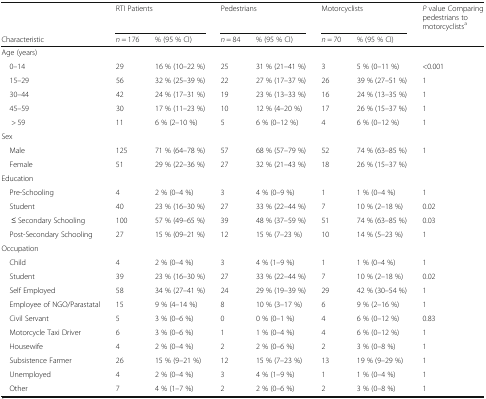
<table><thead><tr><td></td><td colspan="2"><b>RTI Patients</b></td><td colspan="2"><b>Pedestrians</b></td><td colspan="2"><b>Motorcyclists</b></td><td><b><i>P</i> value Comparing pedestrians to motorcyclists<sup>a</sup></b></td></tr><tr><td><b>Characteristic</b></td><td><b><i>n</i> = 176</b></td><td><b>% (95 % CI)</b></td><td><b><i>n</i> = 84</b></td><td><b>% (95 % CI)</b></td><td><b><i>n</i> = 70</b></td><td><b>% (95 % CI)</b></td><td></td></tr></thead><tbody><tr><td colspan="8">Age (years)</td></tr><tr><td> 0–14</td><td>29</td><td>16 % (10–22 %)</td><td>25</td><td>31 % (21–41 %)</td><td>3</td><td>5 % (0–11 %)</td><td>&lt;0.001</td></tr><tr><td> 15–29</td><td>56</td><td>32 % (25–39 %)</td><td>22</td><td>27 % (17–37 %)</td><td>26</td><td>39 % (27–51 %)</td><td>1</td></tr><tr><td> 30–44</td><td>42</td><td>24 % (17–31 %)</td><td>19</td><td>23 % (13–33 %)</td><td>16</td><td>24 % (13–35 %)</td><td>1</td></tr><tr><td> 45–59</td><td>30</td><td>17 % (11–23 %)</td><td>10</td><td>12 % (4–20 %)</td><td>17</td><td>26 % (15–37 %)</td><td>1</td></tr><tr><td>&gt; 59</td><td>11</td><td>6 % (2–10 %)</td><td>5</td><td>6 % (0–12 %)</td><td>4</td><td>6 % (0–12 %)</td><td>1</td></tr><tr><td colspan="8">Sex</td></tr><tr><td> Male</td><td>125</td><td>71 % (64–78 %)</td><td>57</td><td>68 % (57–79 %)</td><td>52</td><td>74 % (63–85 %)</td><td rowspan="2">1</td></tr><tr><td> Female</td><td>51</td><td>29 % (22–36 %)</td><td>27</td><td>32 % (21–43 %)</td><td>18</td><td>26 % (15–37 %)</td></tr><tr><td colspan="8">Education</td></tr><tr><td> Pre-Schooling</td><td>4</td><td>2 % (0–4 %)</td><td>3</td><td>4 % (0–9 %)</td><td>1</td><td>1 % (0–4 %)</td><td>1</td></tr><tr><td> Student</td><td>40</td><td>23 % (16–30 %)</td><td>27</td><td>33 % (22–44 %)</td><td>7</td><td>10 % (2–18 %)</td><td>0.02</td></tr><tr><td>≤ Secondary Schooling</td><td>100</td><td>57 % (49–65 %)</td><td>39</td><td>48 % (37–59 %)</td><td>51</td><td>74 % (63–85 %)</td><td>0.03</td></tr><tr><td> Post-Secondary Schooling</td><td>27</td><td>15 % (09–21 %)</td><td>12</td><td>15 % (7–23 %)</td><td>10</td><td>14 % (5–23 %)</td><td>1</td></tr><tr><td colspan="8">Occupation</td></tr><tr><td> Child</td><td>4</td><td>2 % (0–4 %)</td><td>3</td><td>4 % (1–9 %)</td><td>1</td><td>1 % (0–4 %)</td><td>1</td></tr><tr><td> Student</td><td>39</td><td>23 % (16–30 %)</td><td>27</td><td>33 % (22–44 %)</td><td>7</td><td>10 % (2–18 %)</td><td>0.02</td></tr><tr><td> Self Employed</td><td>58</td><td>34 % (27–41 %)</td><td>24</td><td>29 % (19–39 %)</td><td>29</td><td>42 % (30–54 %)</td><td>1</td></tr><tr><td> Employee of NGO/Parastatal</td><td>15</td><td>9 % (4–14 %)</td><td>8</td><td>10 % (3–17 %)</td><td>6</td><td>9 % (2–16 %)</td><td>1</td></tr><tr><td> Civil Servant</td><td>5</td><td>3 % (0–6 %)</td><td>0</td><td>0 % (0–1 %)</td><td>4</td><td>6 % (0–12 %)</td><td>0.83</td></tr><tr><td> Motorcycle Taxi Driver</td><td>6</td><td>3 % (0–6 %)</td><td>1</td><td>1 % (0–4 %)</td><td>4</td><td>6 % (0–12 %)</td><td>1</td></tr><tr><td> Housewife</td><td>4</td><td>2 % (0–4 %)</td><td>2</td><td>2 % (0–6 %)</td><td>2</td><td>3 % (0–8 %)</td><td>1</td></tr><tr><td> Subsistence Farmer</td><td>26</td><td>15 % (9–21 %)</td><td>12</td><td>15 % (7–23 %)</td><td>13</td><td>19 % (9–29 %)</td><td>1</td></tr><tr><td> Unemployed</td><td>4</td><td>2 % (0–4 %)</td><td>3</td><td>4 % (1–9 %)</td><td>1</td><td>1 % (0–4 %)</td><td>1</td></tr><tr><td> Other</td><td>7</td><td>4 % (1–7 %)</td><td>2</td><td>2 % (0–6 %)</td><td>2</td><td>3 % (0–8 %)</td><td>1</td></tr></tbody></table>